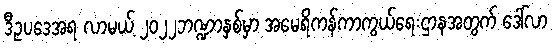
ဒီဥပဒေအရ လာမယ့် ၂၀၂၂ဘဏ္ဍာနှစ်မှာ အမေရိကန်ကာကွယ်ရေးဌာနအတွက် ဒေါ်လာ